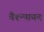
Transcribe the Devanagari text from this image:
वैश्न्पायन